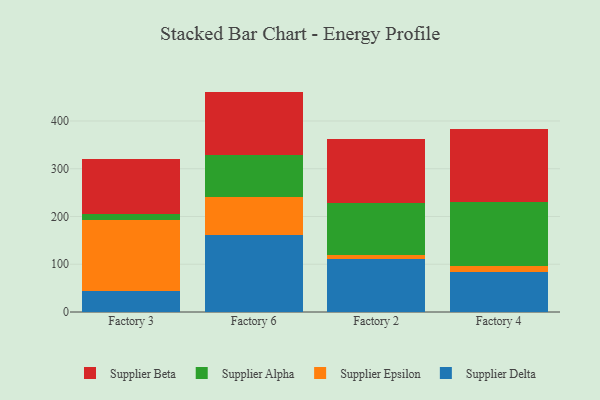
{"axis": {"x": "Factory", "y": "Production Output"}, "legend": ["Supplier Alpha", "Supplier Beta", "Supplier Delta", "Supplier Epsilon"], "data": [{"x": "Factory 3", "y": 43.6, "type": "Supplier Delta"}, {"x": "Factory 3", "y": 149.0, "type": "Supplier Epsilon"}, {"x": "Factory 3", "y": 11.8, "type": "Supplier Alpha"}, {"x": "Factory 3", "y": 116.0, "type": "Supplier Beta"}, {"x": "Factory 6", "y": 161.9, "type": "Supplier Delta"}, {"x": "Factory 6", "y": 78.2, "type": "Supplier Epsilon"}, {"x": "Factory 6", "y": 89.5, "type": "Supplier Alpha"}, {"x": "Factory 6", "y": 131.9, "type": "Supplier Beta"}, {"x": "Factory 2", "y": 110.1, "type": "Supplier Delta"}, {"x": "Factory 2", "y": 10.3, "type": "Supplier Epsilon"}, {"x": "Factory 2", "y": 107.1, "type": "Supplier Alpha"}, {"x": "Factory 2", "y": 134.5, "type": "Supplier Beta"}, {"x": "Factory 4", "y": 83.8, "type": "Supplier Delta"}, {"x": "Factory 4", "y": 11.8, "type": "Supplier Epsilon"}, {"x": "Factory 4", "y": 134.4, "type": "Supplier Alpha"}, {"x": "Factory 4", "y": 153.1, "type": "Supplier Beta"}]}